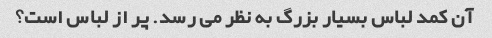
آن کمد لباس بسیار بزرگ به نظر می رسد. پر از لباس است؟